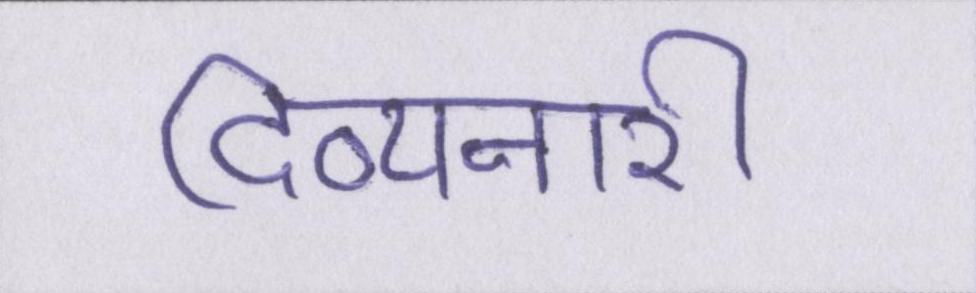
दिव्यनारी